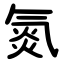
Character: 氮